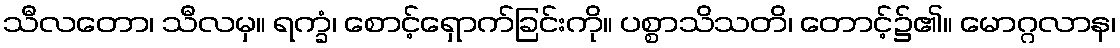
သီလတော၊ သီလမှ။ ရက္ခံ၊ စောင့်ရှောက်ခြင်းကို။ ပစ္စာသိသတိ၊ တောင့်၌၏။ မောဂ္ဂလာန၊